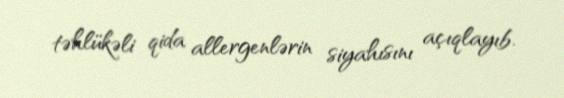
təhlükəli qida allergenlərin siyahısını açıqlayıb.